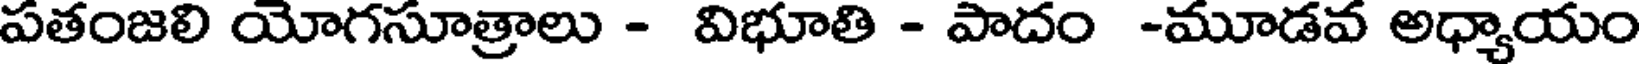
పతంజలి యోగసూత్రాలు - విభూతి - పాదం -మూడవ అధ్యాయం